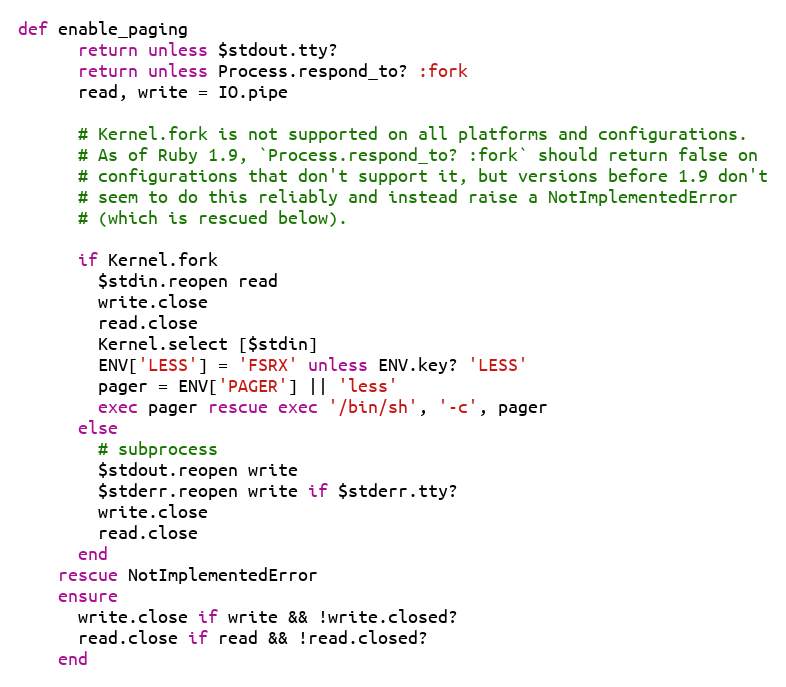
Language: Ruby
def enable_paging
      return unless $stdout.tty?
      return unless Process.respond_to? :fork
      read, write = IO.pipe

      # Kernel.fork is not supported on all platforms and configurations.
      # As of Ruby 1.9, `Process.respond_to? :fork` should return false on
      # configurations that don't support it, but versions before 1.9 don't
      # seem to do this reliably and instead raise a NotImplementedError
      # (which is rescued below).

      if Kernel.fork
        $stdin.reopen read
        write.close
        read.close
        Kernel.select [$stdin]
        ENV['LESS'] = 'FSRX' unless ENV.key? 'LESS'
        pager = ENV['PAGER'] || 'less'
        exec pager rescue exec '/bin/sh', '-c', pager
      else
        # subprocess
        $stdout.reopen write
        $stderr.reopen write if $stderr.tty?
        write.close
        read.close
      end
    rescue NotImplementedError
    ensure
      write.close if write && !write.closed?
      read.close if read && !read.closed?
    end